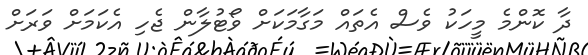
ދާ ކޮންމެ މީހަކު ވެސް އެތައް މަގާމަކަށް ވޯޓުލާން ޖެހި އެކަމަށް ވަރަށް